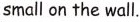
small on the wall.